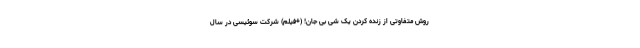
روش متفاوتی از زنده کردن یک شی بی جان! (+فیلم) شرکت سوئیسی در سال